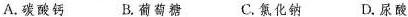
A. 碳酸钙 B. 葡萄糖 C. 氯化钠 D. 尿酸